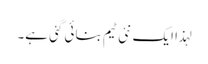
لہذا ایک نئی ٹیم بنائی گئی ہے۔